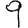
Digit: 9